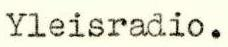
Yleisradio.